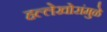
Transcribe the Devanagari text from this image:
हल्लेखोरांमुळे